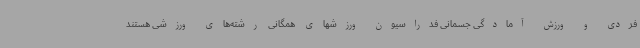
فردی و ورزش آمادگی جسمانی فدراسیون ورزشهای همگانی رشته‌های ورزشی هستند